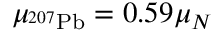
\mu _ { ^ { 2 0 7 } \mathrm { { P b } } } = 0 . 5 9 \mu _ { N }